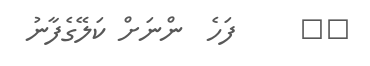
١٧     ފަހެ  ންނަށް ކަލޭގެފާނު